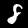
Digit: 8